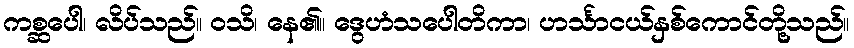
ကစ္ဆပေါ၊ လိပ်သည်။ ဝသိ၊ နေ၏။ ဒွေဟံသပေါတိကာ၊ ဟင်္သာငယ်နှစ်ကောင်တို့သည်။